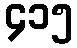
၄၁၅